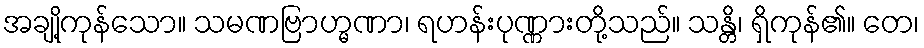
အချို့ကုန်သော။ သမဏဗြာဟ္မဏာ၊ ရဟန်းပုဏ္ဏားတို့သည်။ သန္တိ၊ ရှိကုန်၏။ တေ၊